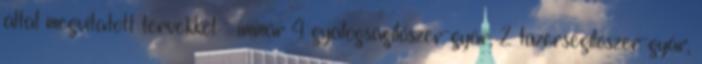
által megvitatott tervekkel - immár 4 gyalogságilőszer-gyár, 2 tüzérségilőszer-gyár,